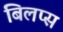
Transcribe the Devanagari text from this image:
बिलप्स